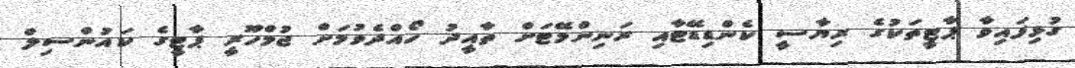
ގުޅިފައިވާ ޕާޓީތަކުގެ ރިޔާސީ ކެންޑިޑޭޓާއި ރަނިންމޭޓަށް ތާއީދު ހޯއްދެވުމަށް ޖުމްހޫރީ ޕާޓީގެ ކައުންސިލް